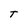
Character: T